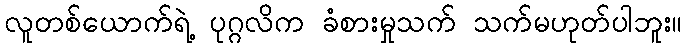
လူတစ်ယောက်ရဲ့ ပုဂ္ဂလိက ခံစားမှုသက် သက်မဟုတ်ပါဘူး။